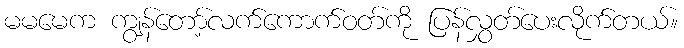
မမမေက ကျွန်တော့်လက်ကောက်ဝတ်ကို ပြန်လွှတ်ပေးလိုက်တယ်။